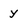
Character: y